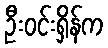
ဦးဝင်းရှိန်က